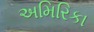
અમિરિકા